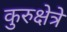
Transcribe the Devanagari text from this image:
कुरुक्षेत्रे